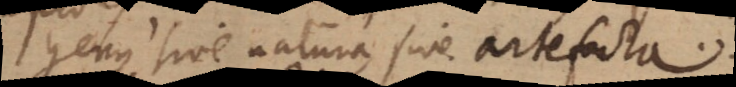
genus sive natura, sive artefacta.